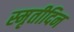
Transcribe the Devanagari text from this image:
स्मृतीदिन